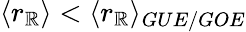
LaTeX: \langle r_{\mathbb{R}}\rangle<\langle r_{\mathbb{R}}\rangle_{GUE/GOE}